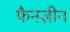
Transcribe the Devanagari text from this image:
फैनज़ीन